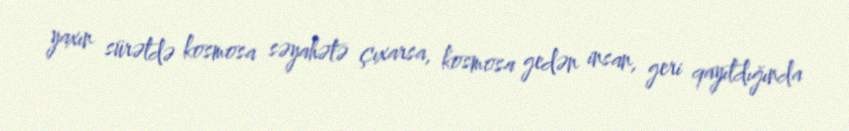
yaxın sürətdə kosmosa səyahətə çıxarsa, kosmosa gedən insan, geri qayıtdığında